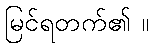
မြင်ရတက်၏ ။